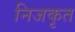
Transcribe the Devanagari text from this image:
निजकृत